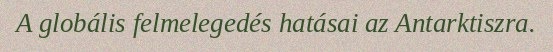
A globális felmelegedés hatásai az Antarktiszra.